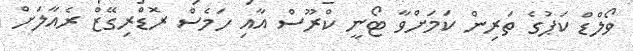
ވޯލްޑް ކަޕުގެ ތަރިން ކަމަށްވާ ޓޯނީ ކްރޫސް އާއި ހަމެސް ރޮޑްރިގޭޒް ރެއާލަށް